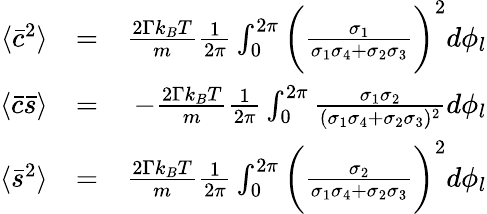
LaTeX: \begin{array}{rlr}{\langle\bar{c}^{2}\rangle}&{=}&{\frac{2\Gamma k_{B}T}{m}\frac{1}{2\pi}\int_{0}^{2\pi}\bigg(\frac{\sigma_{1}}{\sigma_{1}\sigma_{4}+\sigma_{2}\sigma_{3}}\bigg)^{2}d\phi_{l}}\\ {\langle\bar{c}\bar{s}\rangle}&{=}&{-\frac{2\Gamma k_{B}T}{m}\frac{1}{2\pi}\int_{0}^{2\pi}\frac{\sigma_{1}\sigma_{2}}{(\sigma_{1}\sigma_{4}+\sigma_{2}\sigma_{3})^{2}}d\phi_{l}}\\ {\langle\bar{s}^{2}\rangle}&{=}&{\frac{2\Gamma k_{B}T}{m}\frac{1}{2\pi}\int_{0}^{2\pi}\bigg(\frac{\sigma_{2}}{\sigma_{1}\sigma_{4}+\sigma_{2}\sigma_{3}}\bigg)^{2}d\phi_{l}}\end{array}